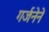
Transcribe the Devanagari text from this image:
गर्जनेने